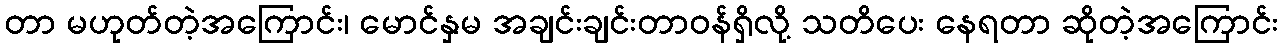
တာ မဟုတ်တဲ့အကြောင်း၊ မောင်နှမ အချင်းချင်းတာဝန်ရှိလို့ သတိပေး နေရတာ ဆိုတဲ့အကြောင်း